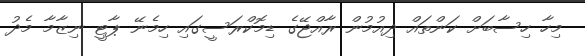
މިހާ ހިސާބަށް ކަންތައް ދިއުމުން ރާއްޖޭގެ ޑިމޮކްރަސީގައި ހިމެނޭ ޕާޓީ ނިޒާމާ މެދު